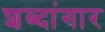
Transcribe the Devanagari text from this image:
शब्दांगार